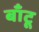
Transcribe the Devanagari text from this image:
बाँटू